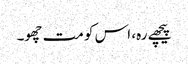
پیچھے رہ، اس کو مت چھو۔